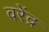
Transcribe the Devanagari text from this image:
वरेंद्र